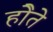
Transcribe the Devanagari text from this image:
होेते